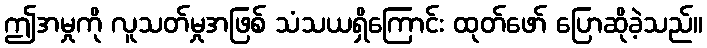
ဤအမှုကို လူသတ်မှုအဖြစ် သံသယရှိကြောင်း ထုတ်ဖော် ပြောဆိုခဲ့သည်။